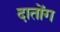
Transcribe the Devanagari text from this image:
दातोंग